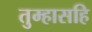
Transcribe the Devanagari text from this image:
तुम्हासहि